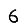
Digit: 6